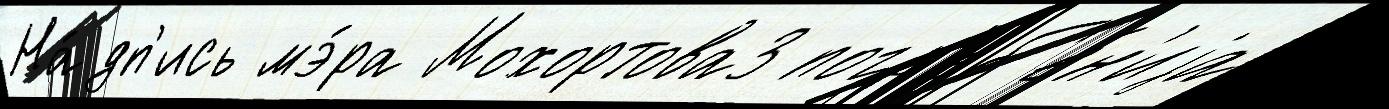
На́дп'ись мэ́ра Мохортова3 погр'еб'е́н'иjа